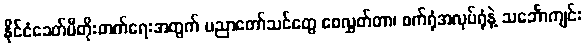
နိုင်ငံခေတ်မီတိုးတက်ရေးအတွက် ပညာတော်သင်တွေ စေလွှတ်တာ၊ စက်ရုံအလုပ်ရုံနဲ့ သင်္ဘောကျင်း